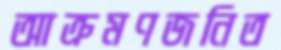
আক্রমণজনিত